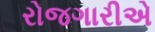
રોજગારીએ